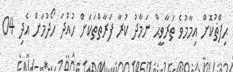
ޙިފްޡުކޮށް އިމާމުވެ ތަރާވީޙް ނަމާދު ކުރާ ފަރާތްތަކަށް ހުއްދަ ހޯދުމަށް އެދި 04